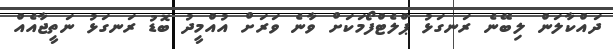
ދައްކާލަން ލިބޭނެ ރަނގަޅު ޕްލެޓްފޯމަކަށް ވާނެ ވަރަށް އުއްމީދު ބޮޑު ރަނގަޅު ނަތީޖާއެއް